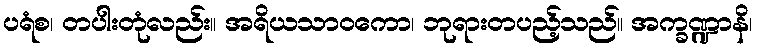
ပရံစ၊ တပါးတုံလည်း။ အရိယသာဝကော၊ ဘုရားတပည့်သည်။ အက္ခဏ္ဍာနိ၊